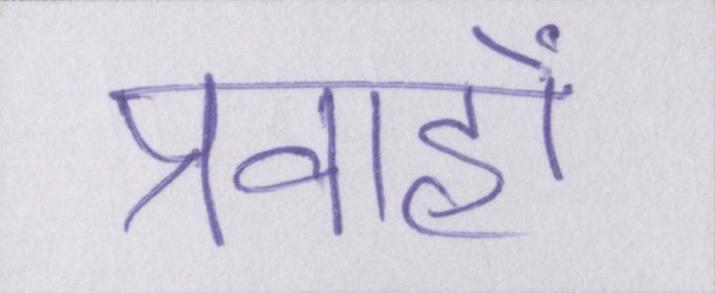
प्रवाहों